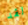
لقد